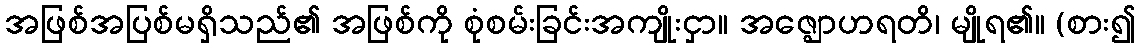
အဖြစ်အပြစ်မရှိသည်၏ အဖြစ်ကို စုံစမ်းခြင်းအကျိုးငှာ။ အဇ္ဈောဟရတိ၊ မျိုရ၏။ (စား၍